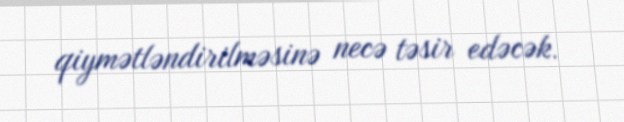
qiymətləndirilməsinə necə təsir edəcək.